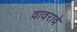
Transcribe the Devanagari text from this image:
वावरावे